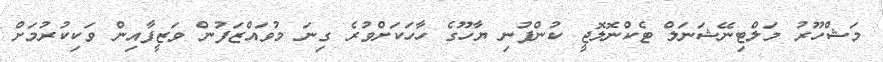
މަޝްހޫރު މަލްޓިނޭޝަނަލް ޓެކްނޮލޮޖީ ކުންފުނި ޔާހޫގެ ހާހަކަށްވުރެ ގިނަ މުވައްޒަފުން ވަޒީފާއިން ވަކިކުރުމަށް